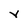
Character: Y